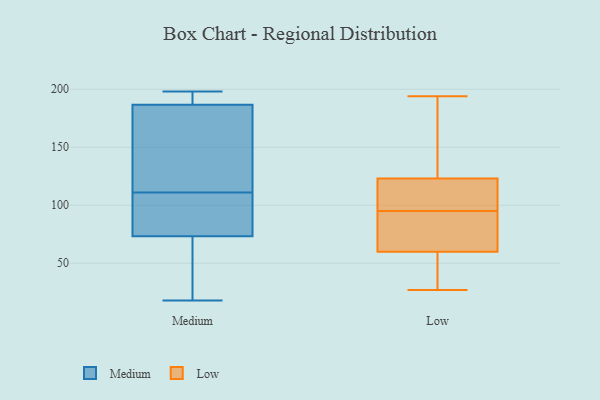
{"axis": {"x": "Conversion Rate (%)", "y": "Value"}, "legend": ["Low", "Medium"], "data": [{"x": "", "y": 94, "type": "Medium"}, {"x": "", "y": 79, "type": "Medium"}, {"x": "", "y": 49, "type": "Medium"}, {"x": "", "y": 189, "type": "Medium"}, {"x": "", "y": 18, "type": "Medium"}, {"x": "", "y": 187, "type": "Medium"}, {"x": "", "y": 186, "type": "Medium"}, {"x": "", "y": 188, "type": "Medium"}, {"x": "", "y": 73, "type": "Medium"}, {"x": "", "y": 198, "type": "Medium"}, {"x": "", "y": 35, "type": "Medium"}, {"x": "", "y": 111, "type": "Medium"}, {"x": "", "y": 155, "type": "Medium"}, {"x": "", "y": 74, "type": "Medium"}, {"x": "", "y": 173, "type": "Medium"}, {"x": "", "y": 27, "type": "Low"}, {"x": "", "y": 165, "type": "Low"}, {"x": "", "y": 90, "type": "Low"}, {"x": "", "y": 33, "type": "Low"}, {"x": "", "y": 194, "type": "Low"}, {"x": "", "y": 118, "type": "Low"}, {"x": "", "y": 68, "type": "Low"}, {"x": "", "y": 46, "type": "Low"}, {"x": "", "y": 48, "type": "Low"}, {"x": "", "y": 98, "type": "Low"}, {"x": "", "y": 92, "type": "Low"}, {"x": "", "y": 60, "type": "Low"}, {"x": "", "y": 123, "type": "Low"}, {"x": "", "y": 190, "type": "Low"}, {"x": "", "y": 98, "type": "Low"}, {"x": "", "y": 113, "type": "Low"}, {"x": "", "y": 159, "type": "Low"}, {"x": "", "y": 60, "type": "Low"}]}